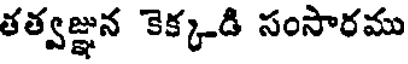
తత్వజ్ఞున కెక్కడి సంసారము